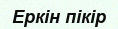
Еркін пікір